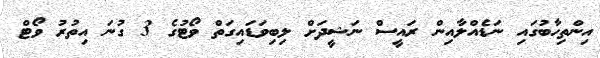
އިންތިހާބުގައި ނަޑެއްލާއިން ރައީސް ނަޝީދަށް ލިބިވަޑައިގަތް ވޯޓުގެ 3 ގުނަ އިތުރު ވޯޓް